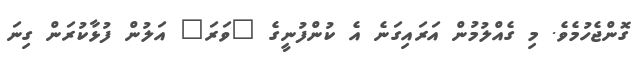
ގޮންޖެހުމެވެ. މި ގެއްލުމުން އަރައިގަނެ އެ ކުންފުނީގެ "ވަރަ" އަލުން ފުޅާކުރަން ގިނަ